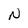
Character: N